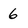
Character: 6